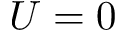
U = 0